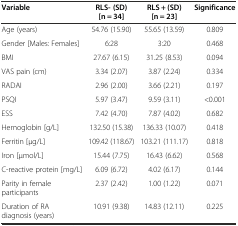
| Variable | RLS- (SD) [n = 34] | RLS + (SD) [n = 23] | Significance |
 | --- | --- | --- | --- |
 | Age (years) | 54.76 (15.90) | 55.65 (13.59) | 0.809 |
 | Gender [Males: Females] | 6:28 | 3:20 | 0.468 |
 | BMI | 27.67 (6.15) | 31.25 (8.53) | 0.094 |
 | VAS pain (cm) | 3.34 (2.07) | 3.87 (2.24) | 0.334 |
 | RADAI | 2.96 (2.00) | 3.66 (2.21) | 0.197 |
 | PSQI | 5.97 (3.47) | 9.59 (3.11) | <0.001 |
 | ESS | 7.42 (4.70) | 7.87 (4.02) | 0.682 |
 | Hemoglobin [g/L] | 132.50 (15.38) | 136.33 (10.07) | 0.418 |
 | Ferritin [μg/L] | 109.42 (118.67) | 103.21 (111.17) | 0.818 |
 | Iron [μmol/L] | 15.44 (7.75) | 16.43 (6.62) | 0.568 |
 | C-reactive protein [mg/L] | 6.09 (6.72) | 4.02 (6.17) | 0.144 |
 | Parity in female participants | 2.37 (2.42) | 1.00 (1.22) | 0.071 |
 | Duration of RA diagnosis (years) | 10.91 (9.38) | 14.83 (12.11) | 0.225 |